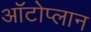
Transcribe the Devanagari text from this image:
ऑटोप्लान